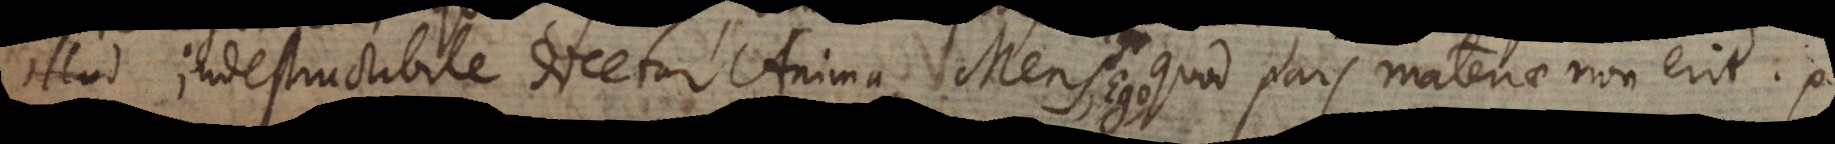
o indestructibile dicetur Anima, Mens, quod pars materiae non erit.